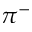
\pi ^ { - }